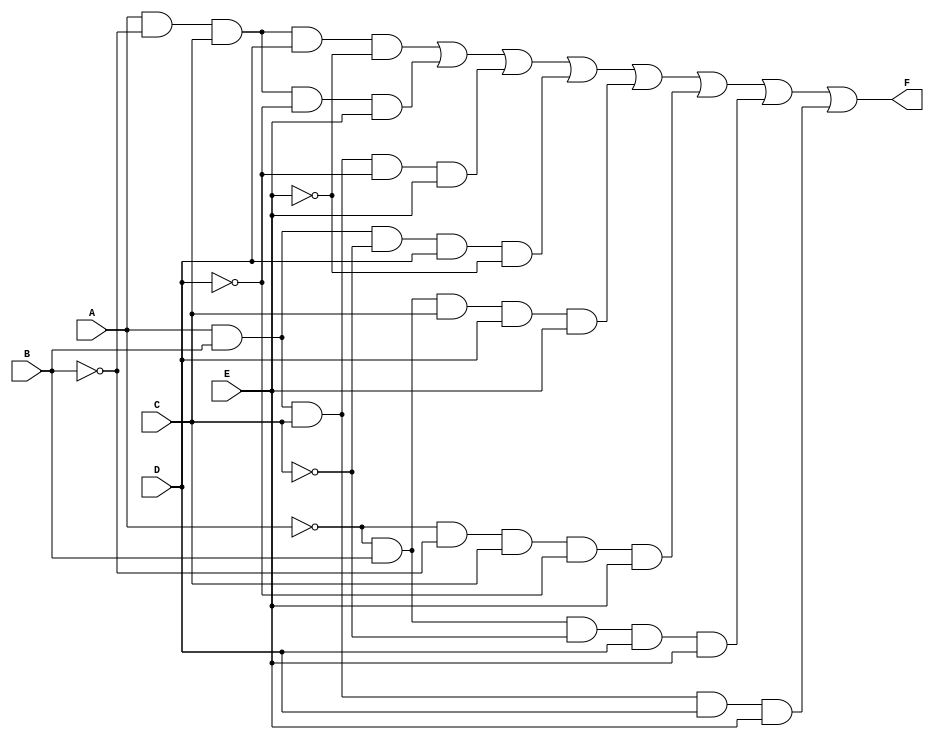
module five_variable_kmap (
    input wire A,
    input wire B,
    input wire C,
    input wire D,
    input wire E,
    output wire F
);

// K-map logic derived from the specific function you want to implement
// For demonstration purposes, let's assume we have filled the K-map with some sample output:
// You need to replace this logic with your derived K-map expression

assign F = (A & ~B & C & D & ~E) | // Cell 1
           (A & ~B & C & ~D & E) | // Cell 2
           (A & B & C & ~D & E) | // Cell 3
           (A & B & ~C & D & ~E) | // Cell 4
           (~A & B & C & D & E) | // Cell 5
           (~A & ~B & C & ~D & E) | // Cell 6
           (~A & B & ~C & D & E) | // Cell 7
           (A & B & C & D & E) ; // Cell 8

endmodule